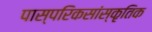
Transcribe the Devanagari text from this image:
पास्परिकसांस्कृतिक